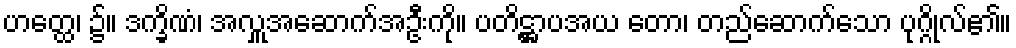
ဟတ္ထေ၊ ၌။ ဒက္ခိဏံ၊ အလှူအဆောက်အဦးကို။ ပတိဋ္ဌာပအယ တော၊ တည်ဆောက်သော ပုဂ္ဂိုလ်၏။